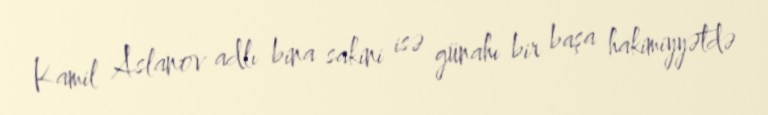
Kamil Aslanov adlı bina sakini isə günahı bir başa hakimiyyətdə